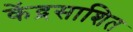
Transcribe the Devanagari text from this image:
केंद्रसाशित